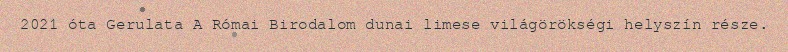
2021 óta Gerulata A Római Birodalom dunai limese világörökségi helyszín része.